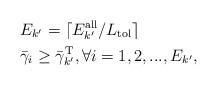
LaTeX: \begin{align*}&E_{k'}=\lceil E^{\textrm{all}}_{k'}/L_{\textrm{tol}}\rceil \\&\bar{\gamma}_i\geq \bar{\gamma}_{k'}^{\textrm{T}}, \forall i=1,2,...,E_{k'}, \end{align*}